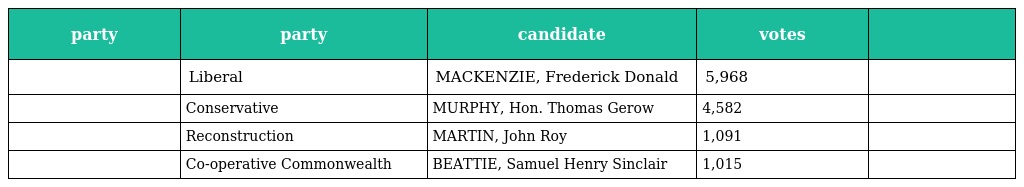
| party | party | candidate | votes |  |
 | --- | --- | --- | --- | --- |
 |  | Liberal | MACKENZIE, Frederick Donald | 5,968 |  |
 |  | Conservative | MURPHY, Hon. Thomas Gerow | 4,582 |  |
 |  | Reconstruction | MARTIN, John Roy | 1,091 |  |
 |  | Co-operative Commonwealth | BEATTIE, Samuel Henry Sinclair | 1,015 |  |